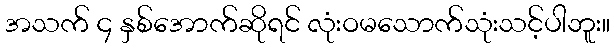
အသက် ၄ နှစ်အောက်ဆိုရင် လုံးဝမသောက်သုံးသင့်ပါဘူး။